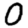
Digit: 0